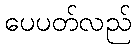
ပေပတ်လည်